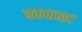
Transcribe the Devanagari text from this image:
बकफास्ट